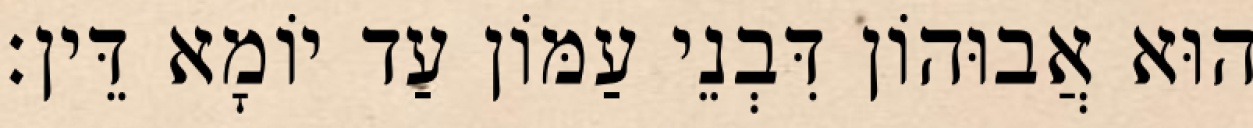
הוּא אֲבוּהוֹן דִּבְנֵי עַמּוֹן עַד יוֹמָא דֵּין׃